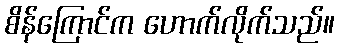
စိန်ကြောင်က ဟောက်လိုက်သည်။